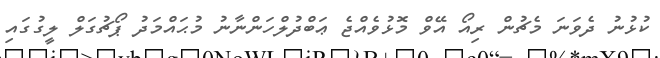
ކުޅުނު ދެވަނަ މެޗުން ރިއޯ އޭވް މޮޅުވެއްޖެ ޢަބްދުލްހަންނާނު މުޙައްމަދު ޕޯޗުގަލް ލީގުގައި